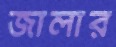
জালার